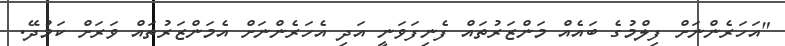
"އަހަރެންނަށް ފިލްމުގެ ބައެއް މަންޒަރުތައް ފެނިފަވަނީ އަދި އެހަރެންނަށް އެމަންޒަރުތައް ވަރަށް ކަމުދޭ.